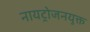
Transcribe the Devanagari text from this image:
नायट्रोजनयुक्त